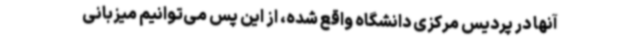
آنها در پردیس مرکزی دانشگاه واقع شده، از این پس می‌توانیم میزبانی